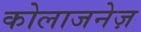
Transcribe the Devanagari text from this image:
कोलाजनेज़